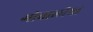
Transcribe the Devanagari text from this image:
गोवालीया